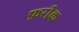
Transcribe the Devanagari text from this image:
फ़रीक